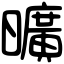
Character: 曠